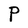
Character: P